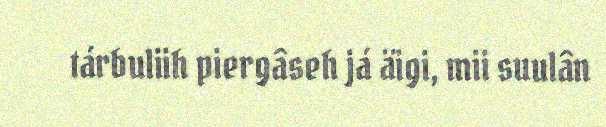
tárbuliih piergâseh já äigi, mii suulân